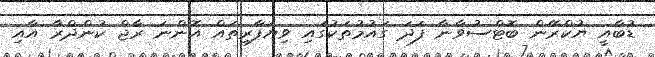
ޑުބާއީ ޔުކްރޭން ބޮޓްސުވާނާ ފަދަ ގައުމުތަކުގައި ވިޔަފާރިތައް އޮންނަ ރާޖް ކުންދްރާ އާއި